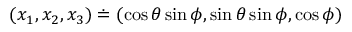
( x _ { 1 } , x _ { 2 } , x _ { 3 } ) \doteq ( \cos \theta \sin \phi , \sin \theta \sin \phi , \cos \phi )